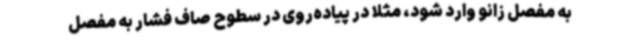
به مفصل زانو وارد شود، مثلا در پیاده‌روی در سطوح صاف فشار به مفصل